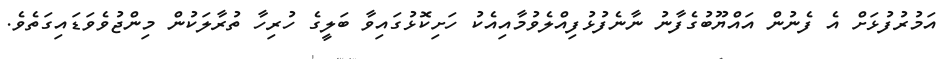
އަމުރުފުޅަށް އެ ފެނުން އައްޔޫބުގެފާނު ނާނެފުޅުފިއްލެވުމާއިއެކު ހަށިކޮޅުގައިވާ ބަލީގެ ހުރިހާ ތުރާލަކުން މިންޖުވެވަޑައިގަތެވެ.